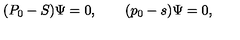
( P _ { 0 } - S ) \Psi = 0 , \qquad ( p _ { 0 } - s ) \Psi = 0 ,